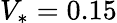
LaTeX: V_{*}=0.15